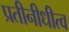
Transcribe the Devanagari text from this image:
प्रतीनीधीत्व